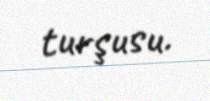
turşusu.